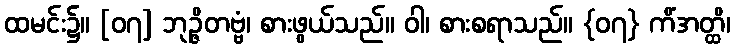
ထမင်း၌။ [၀၇] ဘုဉ္ဇိတဗ္ဗံ၊ စားဖွယ်သည်။ ဝါ၊ စားစရာသည်။ {၀၇} ကိံအတ္ထိ၊